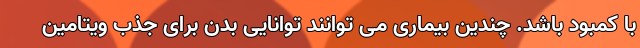
با کمبود باشد. چندین بیماری می توانند توانایی بدن برای جذب ویتامین